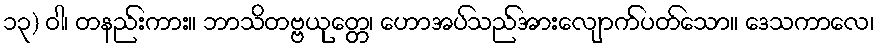
၁၃) ဝါ၊ တနည်းကား။ ဘာသိတဗ္ဗယုတ္တေ၊ ဟောအပ်သည်အားလျောက်ပတ်သော။ ဒေသကာလေ၊